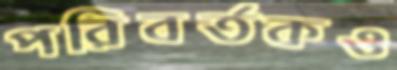
পরিবর্তকও